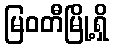
မြဝတီမြို့ရှိ